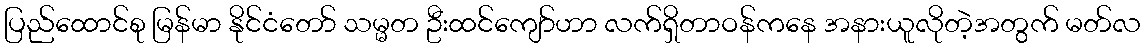
ပြည်ထောင်စု မြန်မာ နိုင်ငံတော် သမ္မတ ဦးထင်ကျော်ဟာ လက်ရှိတာဝန်ကနေ အနားယူလိုတဲ့အတွက် မတ်လ